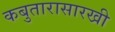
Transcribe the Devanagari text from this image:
कबुतारासारखी